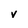
Character: V